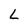
Character: L